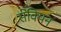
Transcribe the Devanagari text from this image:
सेवियन